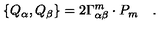
\left\{ Q _ { \alpha } , Q _ { \beta } \right\} = 2 \Gamma _ { \alpha \beta } ^ { m } \cdot P _ { m } \quad .